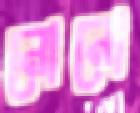
নোনো